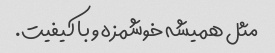
مثل همیشه خوشمزه و با کیفیت.